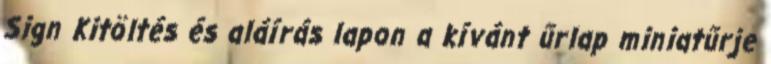
Sign Kitöltés és aláírás lapon a kívánt űrlap miniatűrje